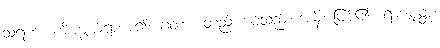
သရဏံ၊ ကိုးကွယ်ရာဟူ၍။ ဂတာ၊ တည်းကပ်သည်။ အမှိ၊ ဖြစ်၏။ ရာဇပုတ္တံ၊